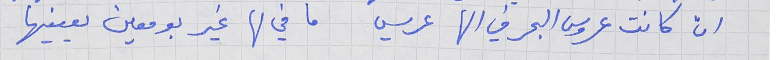
ان كانت عروس البحر في الها عريس    ما في لها غير بو معين يعينها